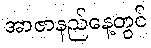
အာဇာနည်နေ့တွင်